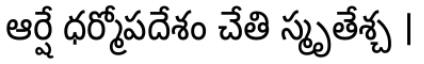
ఆర్షే ధర్మోపదేశం చేతి స్మృతేశ్చ ।